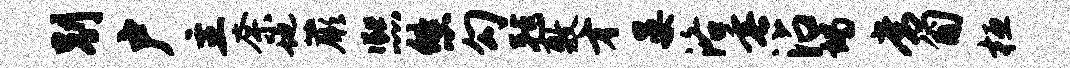
别户主奈地蕨熙悠勾毡敷才晏洛垂沾竭常匍桓